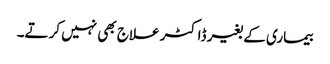
بیماری کے بغیر ڈاکٹر علاج بھی نہیں کرتے۔